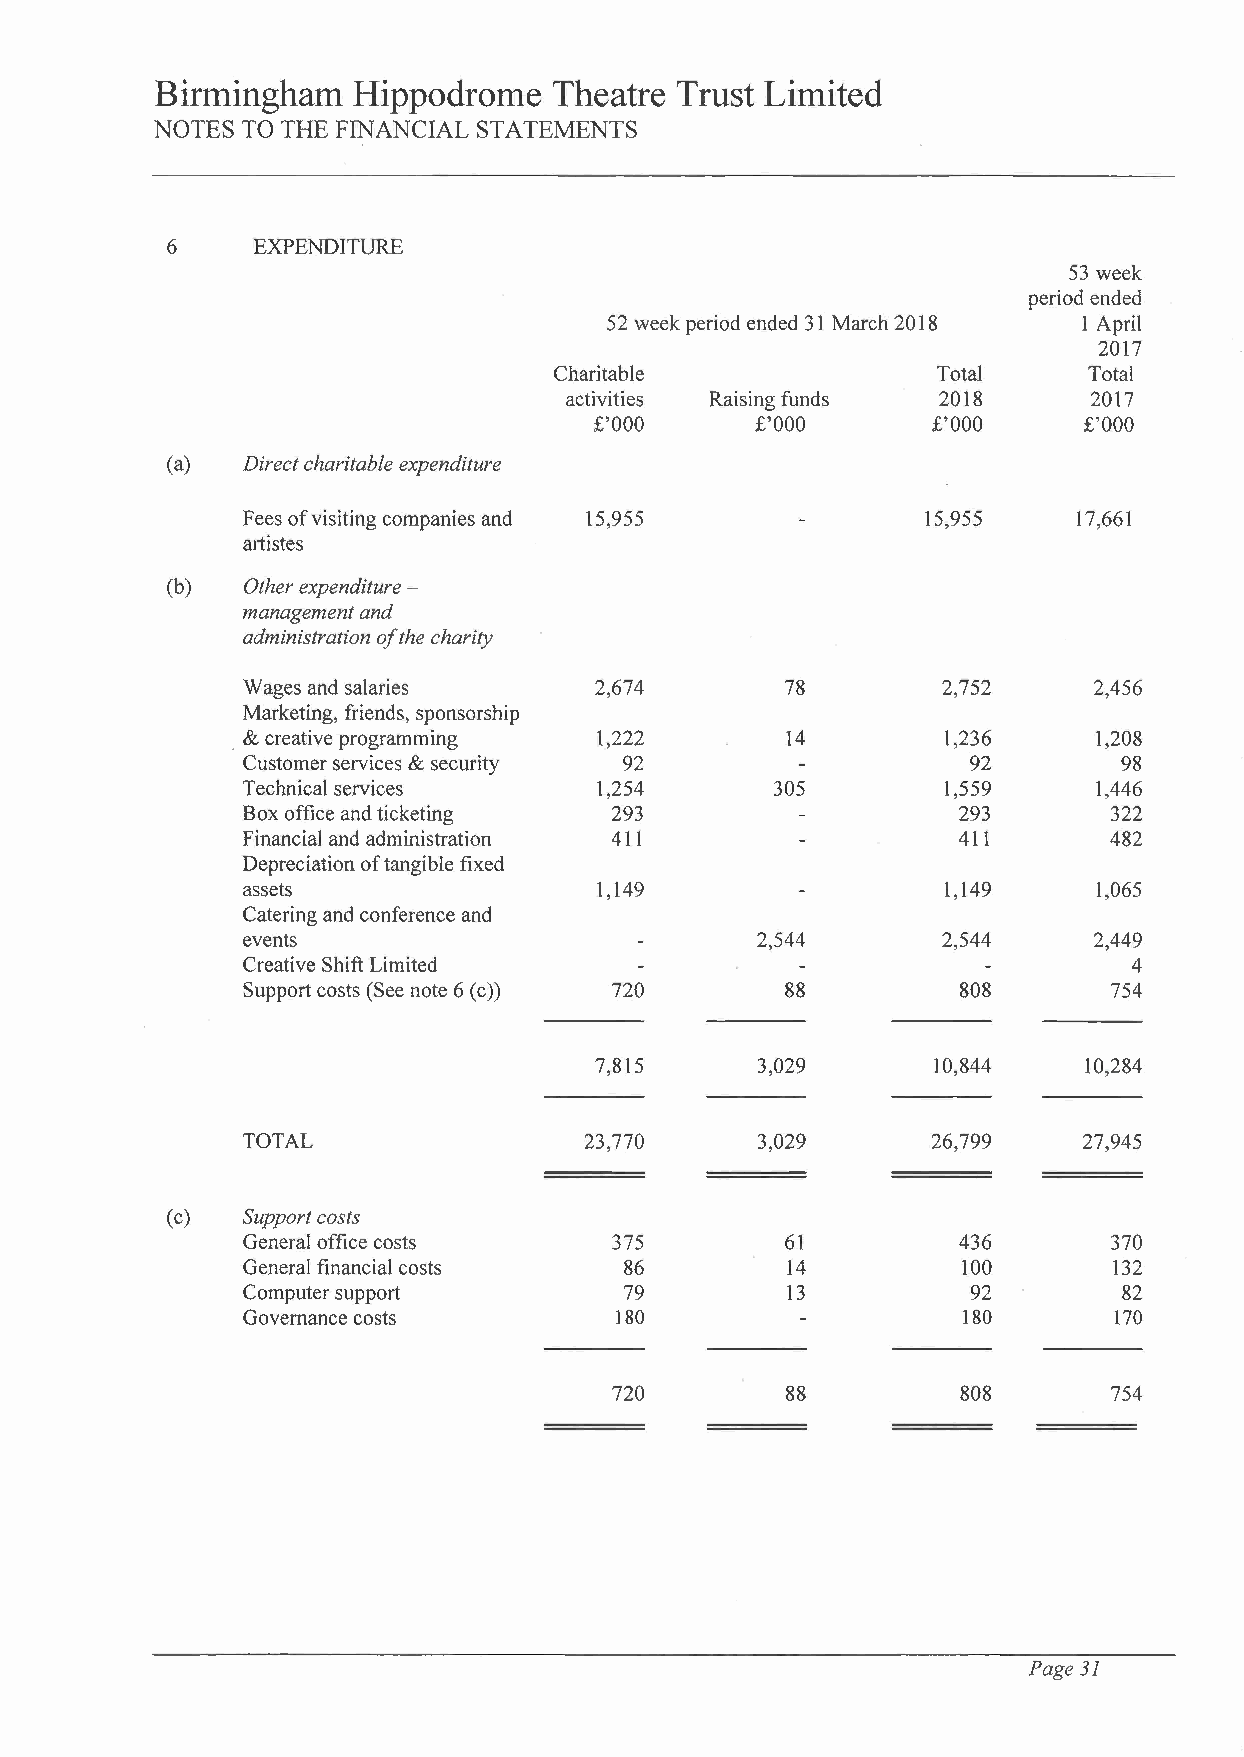
Birmingham   Hippodrome    Theatre Trust Limited
 NOTES TO THE FINANCIAL STATEMENTS
 6     EXPENDITURE
 53 week
 period ended
 52 week period ended 31 March 2018 1 April
 2017
 Charitable               Total     Total
 activities Raising funds 2018      2017
 £'000      £'000       £'000     £'000
 (a)  Direct charitable expenditure
 Fees of visiting companies and 15,955        15,955    17,661
 artistes
 (b)  Other expenditure -
 management and
 administration of the charity
 Wages and salaries     2,674        78        2,752     2,456
 Marketing, friends, sponsorship
 . & creative programming 1,222       14        1,236     1,208
 Customer services & security 92                 92        98
 Technical services      1,254      305        1,559     1,446
 Box office and ticketing 293                   293       322
 Financial and administration 411               411       482
 Depreciation of tangible fixed
 assets                  1,149                 1,149      1,065
 Catering and conference and
 events                            2,544       2,544     2,449
 Creative Shift Limited                                     4
 no
 Support costs (See note 6 (c))      88         808       754
 7,815      3,029       10,844    10,284
 TOTAL                  23,770     3,029       26,799    27,945
 (c)  Support costs
 General office costs     375        61         436       370
 General financial costs  86         14          100       132
 Computer support         79         13          92        82
 Governance costs         180                    180       170
 no
 88          808      754
 Page 31